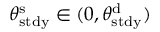
\theta _ { \mathrm { s t d y } } ^ { \mathrm { s } } \in ( 0 , \theta _ { \mathrm { s t d y } } ^ { \mathrm { d } } )